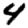
Digit: 4